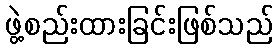
ဖွဲ့စည်းထားခြင်းဖြစ်သည်